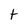
Character: t